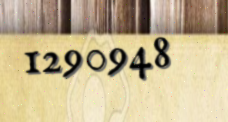
1290948